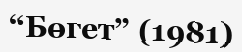
“Бөгет” (1981)